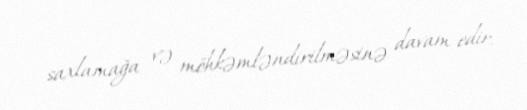
saxlamağa və möhkəmləndirilməsinə davam edir.